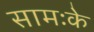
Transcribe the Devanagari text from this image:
सामःके